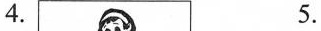
4. 5.